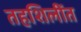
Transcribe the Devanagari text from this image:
तहशिलींत